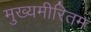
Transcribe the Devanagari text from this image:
मुख्यमीरितम